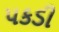
પકડી